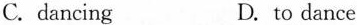
C. dancing D. to dance